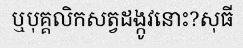
ឬបុគ្គលិកសត្វដង្កូវនោះ?សុធី